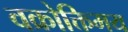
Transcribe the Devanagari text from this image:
वक्रोक्तिमय